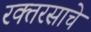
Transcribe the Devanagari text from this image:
रक्तरसाचे